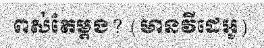
ពស់តែម្តង? (មានវីដេអូ)